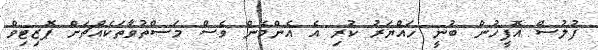
ފުލުސް އޮފީހުން ބުނީ ހައްޔަރު ކުރި އެ އެންމެން ވެސް މަސްތުވާތަކެއްޗަށް ޕޮޒިޓިވް